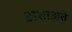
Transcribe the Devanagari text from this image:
अशाअते